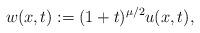
LaTeX: \begin{align*}w(x,t):=(1+t)^{\mu/2}u(x,t),\end{align*}